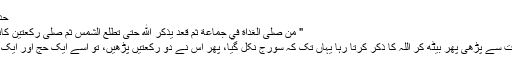
حدیث کے واضح الفاظ ہیں :
" من صلى الغداة في جماعة ثم قعد يذكر الله حتى تطلع الشمس ثم صلى ركعتين كانت له كاجر حجة وعمرة "
”جس نے نماز فجر جماعت سے پڑھی پھر بیٹھ کر اللہ کا ذکر کرتا رہا یہاں تک کہ سورج نکل گیا، پھر اس نے دو رکعتیں پڑھیں، تو اسے ایک حج اور ایک عمرے کا ثواب ملے گا“۔